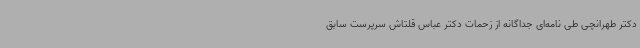
دکتر طهرانچی طی نامه‌ای جداگانه از زحمات دکتر عباس قلتاش سرپرست سابق